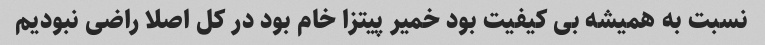
نسبت به همیشه بی کیفیت بود خمیر پیتزا خام بود در کل اصلا راضی نبودیم